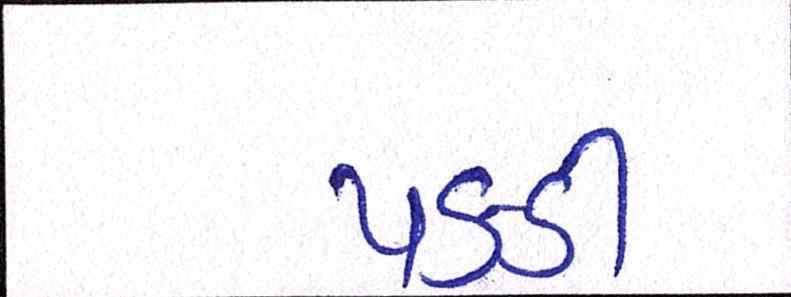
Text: પકડી